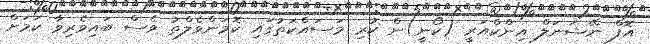
އޮފް ނޭޝަނަލް އިންކްއަރީ (ކޯނީ)ން ކުރި މަސައްކަތުގައި ކޮމަންވެލްތު ވެސް ބައިވެރިވާ ކަމަށް